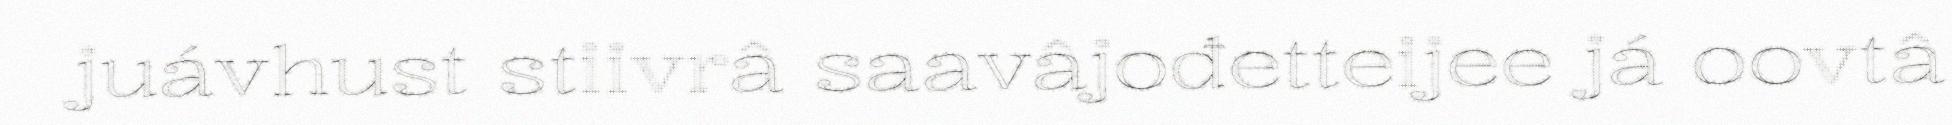
juávhust stiivrâ saavâjođetteijee já oovtâ